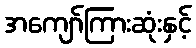
အကျော်ကြားဆုံးနှင့်